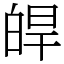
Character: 皔